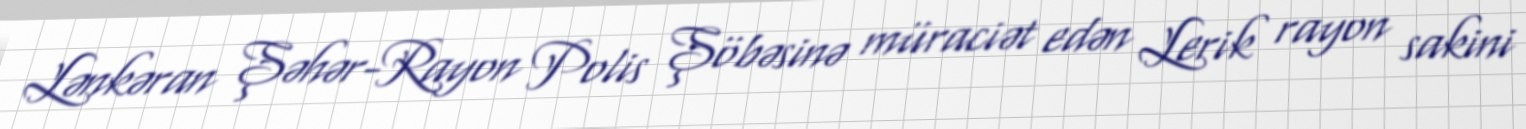
Lənkəran Şəhər-Rayon Polis Şöbəsinə müraciət edən Lerik rayon sakini